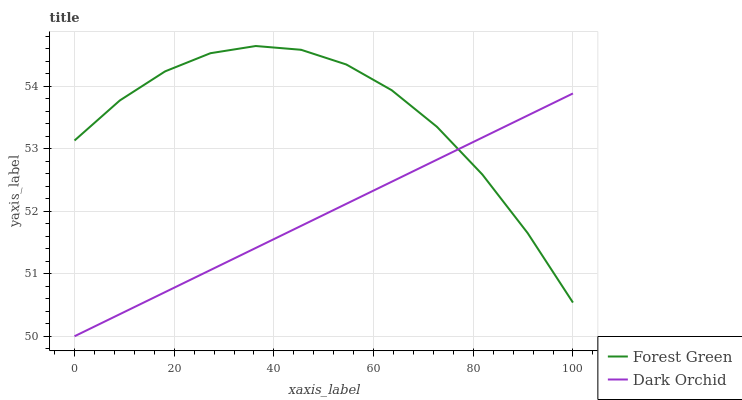
| xaxis_label | Forest Green | Dark Orchid |
 | --- | --- | --- |
 | 0 | 53.1 | 50 |
 | 9.09 | 53.8 | 50.4 |
 | 18.2 | 54.2 | 50.7 |
 | 27.3 | 54.5 | 51.1 |
 | 36.4 | 54.6 | 51.4 |
 | 45.5 | 54.6 | 51.8 |
 | 54.5 | 54.3 | 52.1 |
 | 63.6 | 53.9 | 52.5 |
 | 72.7 | 53.4 | 52.8 |
 | 81.8 | 52.6 | 53.2 |
 | 90.9 | 51.7 | 53.5 |
 | 100 | 50.5 | 53.9 |